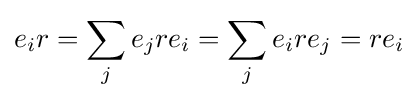
e_{i}r=\sum _{j}e_{j}re_{i}=\sum _{j}e_{i}re_{j}=re_{i}